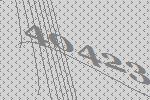
40423